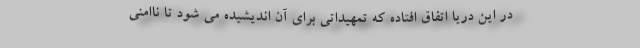
در این دریا اتفاق افتاده که تمهیداتی برای آن اندیشیده می شود تا ناامنی